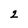
Character: 2